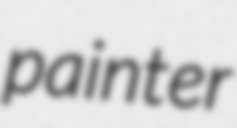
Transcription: painter